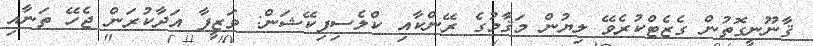
ޤާނޫނީގޮތުން ގެޒެޓްކުރެވޭ ލިޔުން މަޤާމުގެ ރޭންކާއި ކްލެސިފިކޭޝަން: ވަޒީފާ އަދާކުރަން ޖެހޭ ތަނާއި